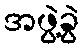
အဖွဲ့ခွဲ